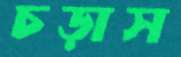
চড়াস